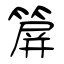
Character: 箳